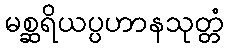
မစ္ဆရိယပ္ပဟာနသုတ္တံ